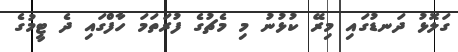
ގަލޮޅު ދަނޑުގައި މިރޭ ކުޅުނު މި މެޗުގެ ފުރަތަމަ ހާފްގައި ދެ ޓީމުގެ